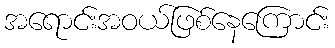
အရောင်းအဝယ်ဖြစ်နေကြောင်း